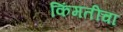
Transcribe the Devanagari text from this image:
किंमतींचा